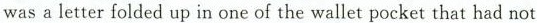
was a letter folded up in one of the wallet pocket that had not